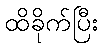
ထိခိုက်ပြီး